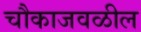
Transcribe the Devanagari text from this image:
चौकाजवळील